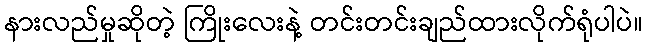
နားလည်မှုဆိုတဲ့ ကြိုးလေးနဲ့ တင်းတင်းချည်ထားလိုက်ရုံပါပဲ။